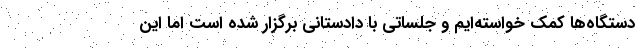
دستگاه‌ها کمک خواسته‌ایم و جلساتی با دادستانی برگزار شده است اما این